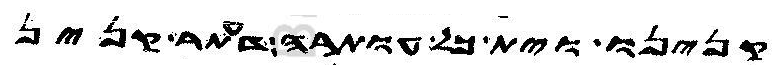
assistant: קנינו וית כל עותרה דעתר קנין